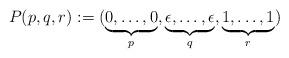
LaTeX: \begin{align*}P(p,q,r):=(\underbrace{0,\dots,0}_{p},\underbrace{\epsilon,\dots,\epsilon}_{q},\underbrace{1,\dots,1}_{r})\end{align*}